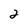
Character: 2